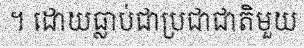
។ ដោយធ្លាប់ជាប្រជាជាតិមួយ